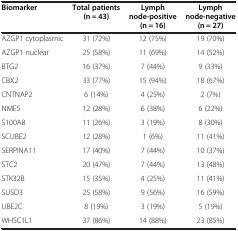
| Biomarker | Total patients (n = 43) | Lymph node-positive (n = 16) | Lymph node-negative (n = 27) |
 | --- | --- | --- | --- |
 | AZGP1 cytoplasmic | 31 (72%) | 12 (75%) | 19 (70%) |
 | AZGP1 nuclear | 25 (58%) | 11 (69%) | 14 (52%) |
 | BTG2 | 16 (37%) | 7 (44%) | 9 (33%) |
 | CBX2 | 33 (77%) | 15 (94%) | 18 (67%) |
 | CNTNAP2 | 6 (14%) | 4 (25%) | 2 (7%) |
 | NME5 | 12 (28%) | 6 (38%) | 6 (22%) |
 | S100A8 | 11 (26%) | 3 (19%) | 8 (30%) |
 | SCUBE2 | 12 (28%) | 1 (6%) | 11 (41%) |
 | SERPINA11 | 17 (40%) | 7 (44%) | 10 (37%) |
 | STC2 | 20 (47%) | 7 (44%) | 13 (48%) |
 | STK32B | 15 (35%) | 4 (25%) | 11 (41%) |
 | SUSD3 | 25 (58%) | 9 (56%) | 16 (59%) |
 | UBE2C | 8 (19%) | 3 (19%) | 5 (19%) |
 | WHSC1L1 | 37 (86%) | 14 (88%) | 23 (85%) |